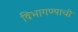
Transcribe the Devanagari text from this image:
विभागण्याची